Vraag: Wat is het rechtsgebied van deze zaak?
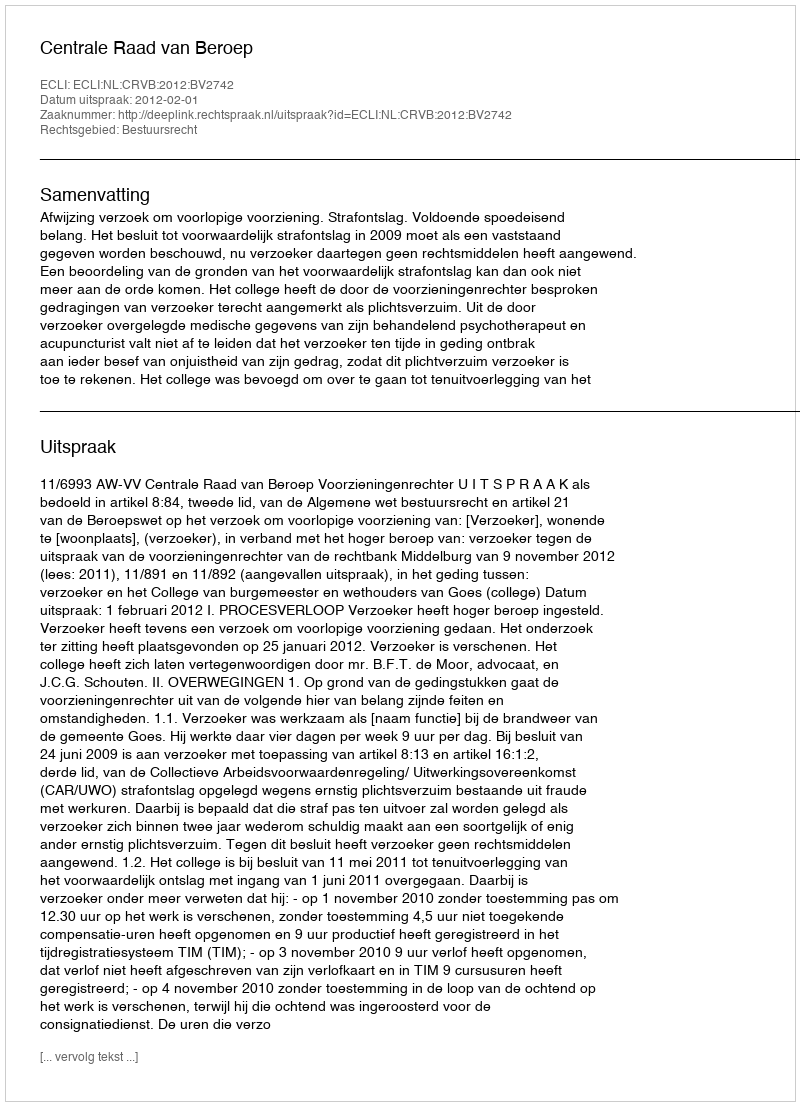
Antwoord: Bestuursrecht